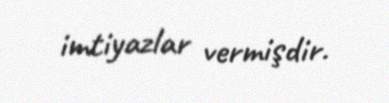
imtiyazlar vermişdir.